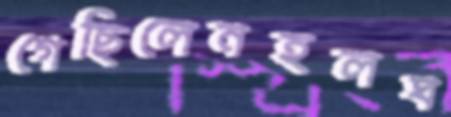
গেছিলেনহলঘ